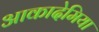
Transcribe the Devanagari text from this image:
आकादेमिया